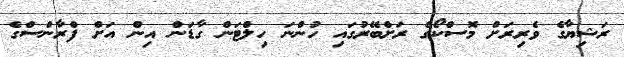
ރަޝިޔާގެ ވެރިރަށް މޮސްކޯގެ ރަށްބޭރުގައި ހުންނަ ހިލްޓަން ގާޑަން އިން އަށް ފްރާންސްގެ